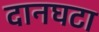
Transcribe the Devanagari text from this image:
दानघटा